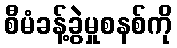
စီမံခန့်ခွဲမှုစနစ်ကို